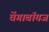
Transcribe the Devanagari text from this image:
वेंगाबॉयज